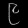
Digit: ၉